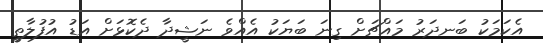
އެކަމަކު ބަނދަރު މައްޗަށް ގިނަ ބަޔަކު އެއްވެ ނަޝީދާ ދެކޮޅަށް އަޑު އުފުލާތީ